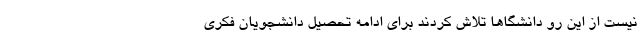
نیست از این رو دانشگا‌ها تلاش کردند برای ادامه تحصیل دانشجویان فکری